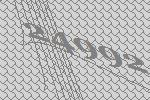
24992